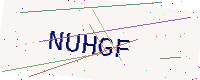
Text: NUHGF